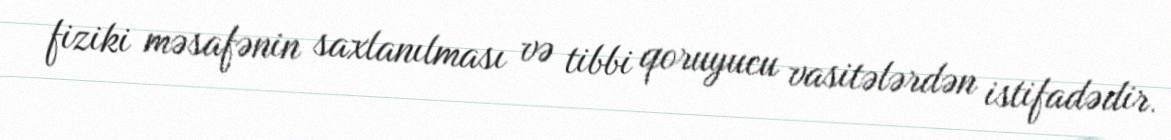
fiziki məsafənin saxlanılması və tibbi qoruyucu vasitələrdən istifadədir.